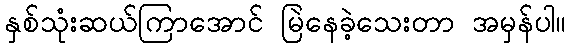
နှစ်သုံးဆယ်ကြာအောင် မြဲနေခဲ့သေးတာ အမှန်ပါ။